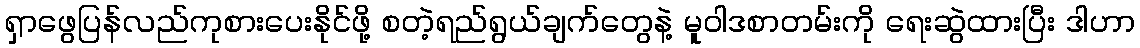
ရှာဖွေပြန်လည်ကုစားပေးနိုင်ဖို့ စတဲ့ရည်ရွယ်ချက်တွေနဲ့ မူဝါဒစာတမ်းကို ရေးဆွဲထားပြီး ဒါဟာ